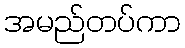
အမည်တပ်ကာ